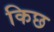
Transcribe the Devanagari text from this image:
किछ